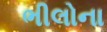
ભીલોના